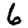
Digit: 6